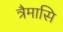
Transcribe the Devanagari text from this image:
त्रैमासि